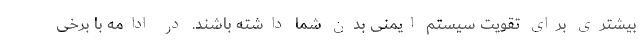
بیشتری برای تقویت سیستم ایمنی بدن شما داشته باشند. در ادامه با برخی